Civil Veterinary Dept. Bombay admin report 1932-41 - 1932-1941
Year: 1932
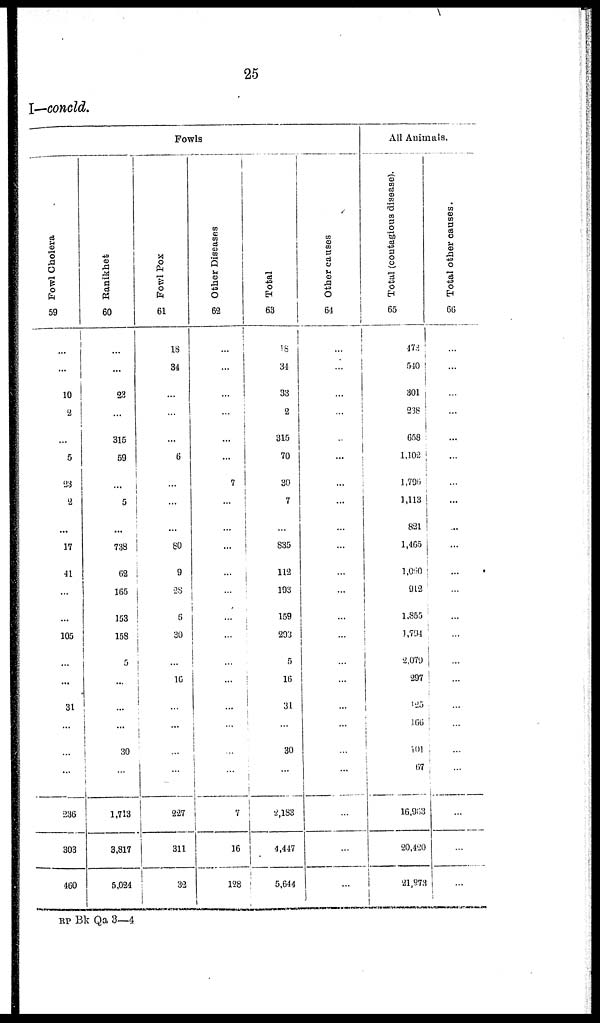
25
I—concld.
Fowls
Fowl Cholera
59
...
...
10
2
...
5
23
2
...
17
41
...
...
105
...
...
31
...
...
...
236
303
460
Ranikhet
60
...
...
23
...
315
59
...
5
...
738
62
165
153
158
5
...
...
...
30
...
1,713
3,817
5,024
Fowl Pox
61
18
34
...
...
...
6
...
...
...
80
9
28
5
30
...
16
...
...
...
...
227
311
32
Other Diseases
62
...
...
...
...
...
...
7
...
...
...
...
...
...
...
...
...
...
...
...
...
...
16
128
Total
63
18
34
33
2
315
70
30
7
...
835
112
193
159
293
5
16
31
...
30
...
2,183
4,447
5,644
Other causes
64
...
...
...
...
...
...
...
...
...
...
...
...
...
...
...
...
...
...
...
...
...
...
...
All Animals.
Total (contagious disease).
65
478
540
301
238
658
1,102
1,796
1,113
821
1,465
1,050
912
1,855
1,794
2,079
297
125
166
101
67
16,963
20,420
21,873
Total other causes.
66
...
...
...
...
...
...
...
...
...
...
...
...
...
...
...
...
...
...
...
...
...
...
...
RP Bk Qa 3—4